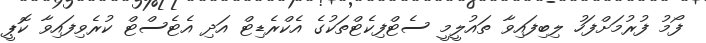
ފޯމު ފުރުމަށްފަހު ލިބިފައިވާ ތައުލީމީ ސެޓްފިކެޓްތަކުގެ އެކްރެޑިޓް އަދި އެޓެސްޓް ކުރެވިފައިވާ ކޮޕީ